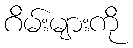
ဂိမ်းများကို